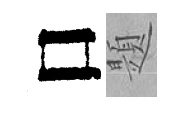
口題